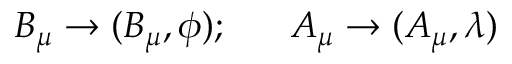
B _ { \mu } \rightarrow ( B _ { \mu } , \phi ) ; ~ ~ ~ ~ ~ A _ { \mu } \rightarrow ( A _ { \mu } , \lambda )